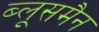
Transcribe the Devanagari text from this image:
ब्लूसमैन